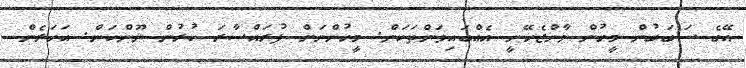
އޭގެ ސަބަބުން މީހުން ވާންޖެހޭނީ އެއްބައިވަންތަކަން. މީހުންނަށް ފުުރައްސާރަ ކުރުން ނޫންކަން. އަހަރެން